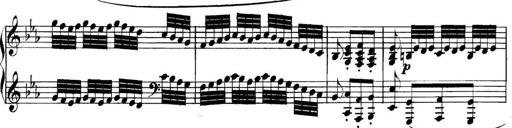
Title: Collected Piano Sonatas
Composer: Muzio Clementi